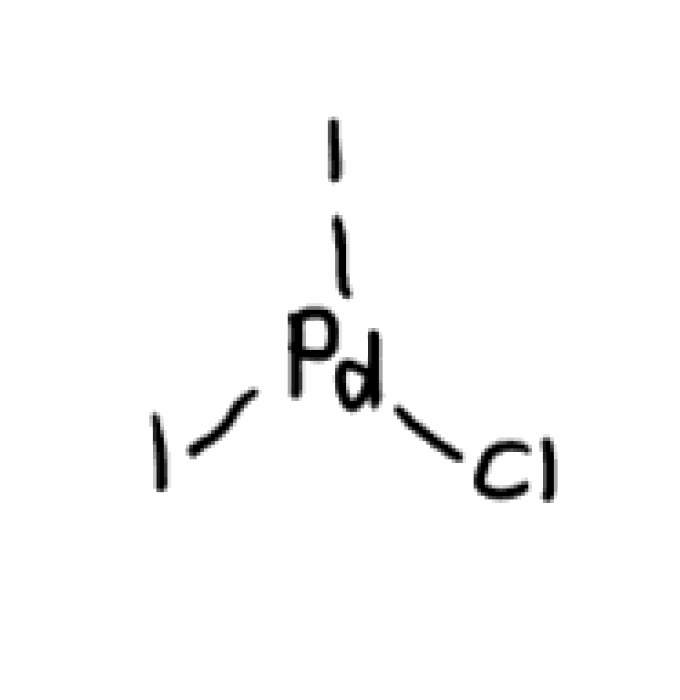
Simplified molecular-input line-entry system (SMILES) notation of the given molecule:
Cl[Pd](I)I